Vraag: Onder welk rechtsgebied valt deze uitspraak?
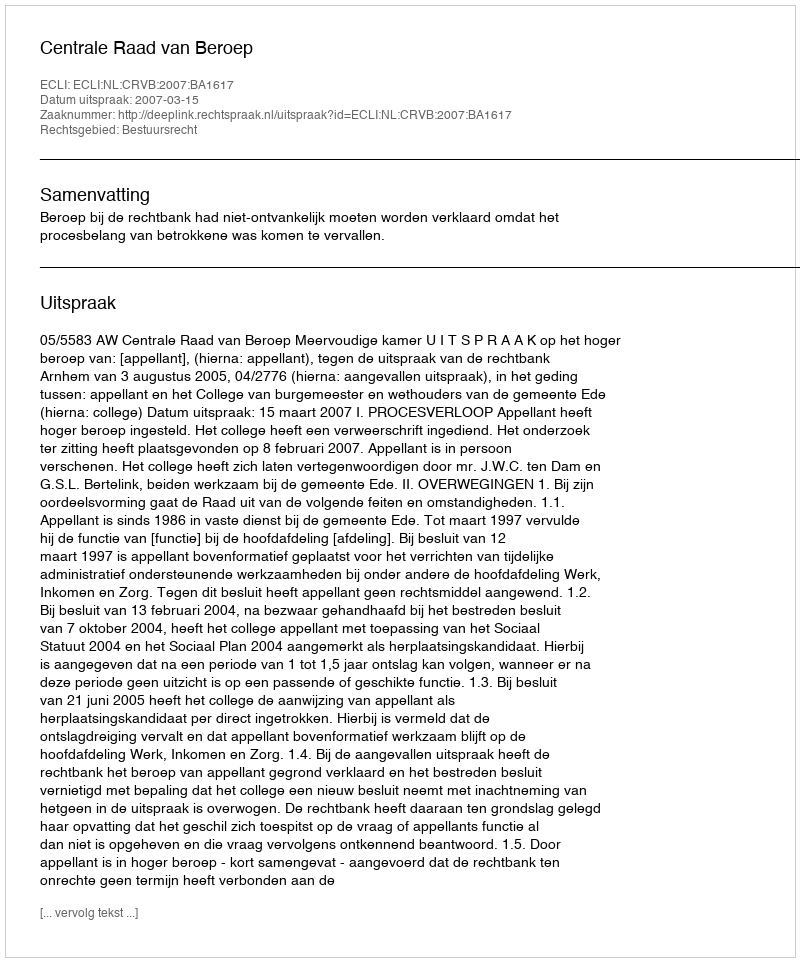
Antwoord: Bestuursrecht